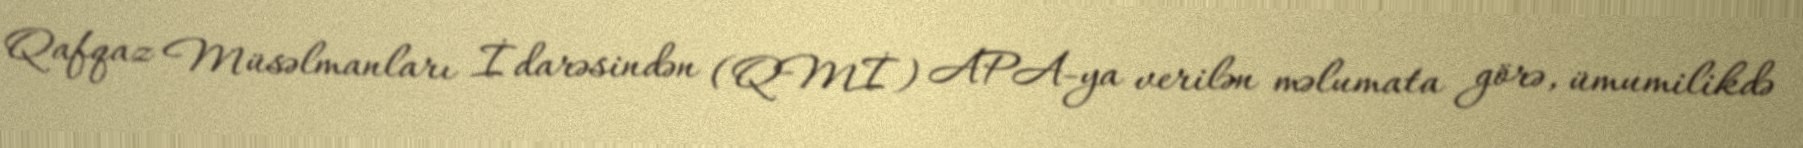
Qafqaz Müsəlmanları İdarəsindən (QMİ) APA-ya verilən məlumata görə, ümumilikdə